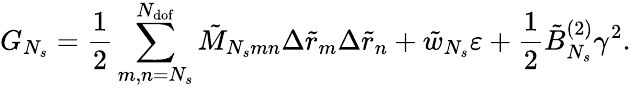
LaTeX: G_{N_{s}}=\frac{1}{2}\sum_{m,n=N_{s}}^{N_{\mathrm{dof}}}{\tilde{M}_{N_{s}mn}\Delta\tilde{r}_{m}\Delta\tilde{r}_{n}}+\tilde{w}_{N_{s}}\varepsilon+\frac{1}{2}\tilde{B}_{N_{s}}^{(2)}\gamma^{2}.